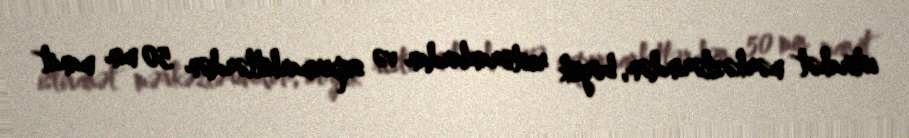
istirahət mərkəzlərindən, böyük restoranlardan və supermarketlərdən 50 min manat